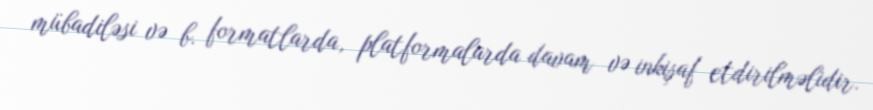
mübadiləsi və b. formatlarda, platformalarda davam və inkişaf etdirilməlidir.